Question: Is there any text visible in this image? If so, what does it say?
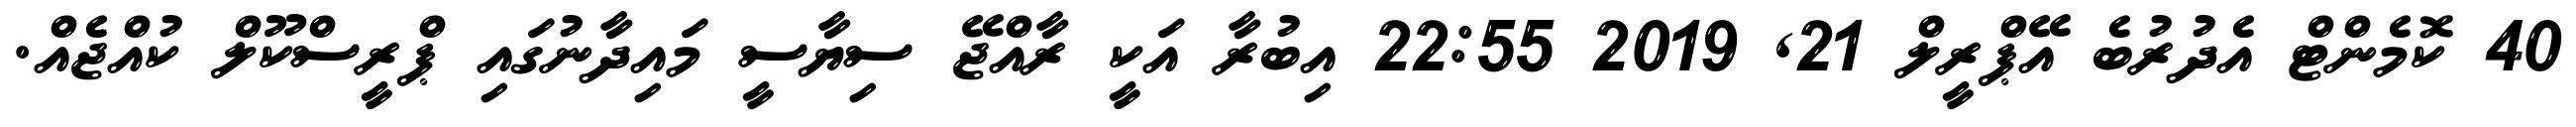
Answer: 40 ކޮމެންޓް އެދުރުބެ އޭޕްރީލް 21, 2019 22:55 އިބުރާ އަކީ ރާއްޖޭ ސިޔާސީ މައިދާނުގައި ޕްރީސްކޫލް ކުއްޖެއް.